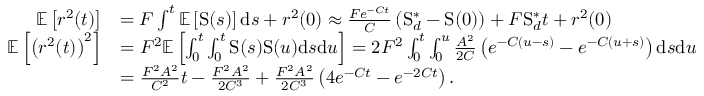
\begin{array} { r l } { \mathbb { E } \left[ r ^ { 2 } ( t ) \right] } & { = F \int ^ { t } \mathbb { E } \left[ \mathrm { S } ( s ) \right] \mathrm { d } s + r ^ { 2 } ( 0 ) \approx \frac { F e ^ { - C t } } { C } \left( \mathrm { S } _ { d } ^ { \ast } - \mathrm { S } ( 0 ) \right) + F \mathrm { S } _ { d } ^ { \ast } t + r ^ { 2 } ( 0 ) } \\ { \mathbb { E } \left[ \left( r ^ { 2 } ( t ) \right) ^ { 2 } \right] } & { = F ^ { 2 } \mathbb { E } \left[ \int _ { 0 } ^ { t } \int _ { 0 } ^ { t } \mathrm { S } ( s ) \mathrm { S } ( u ) \mathrm { d } s \mathrm { d } u \right] = 2 F ^ { 2 } \int _ { 0 } ^ { t } \int _ { 0 } ^ { u } \frac { A ^ { 2 } } { 2 C } \left( e ^ { - C ( u - s ) } - e ^ { - C ( u + s ) } \right) \mathrm { d } s \mathrm { d } u } \\ & { = \frac { F ^ { 2 } A ^ { 2 } } { C ^ { 2 } } t - \frac { F ^ { 2 } A ^ { 2 } } { 2 C ^ { 3 } } + \frac { F ^ { 2 } A ^ { 2 } } { 2 C ^ { 3 } } \left( 4 e ^ { - C t } - e ^ { - 2 C t } \right) . } \end{array}